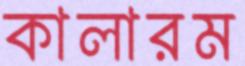
কালারম